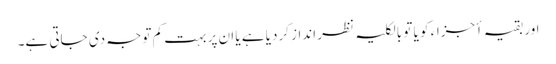
اور بقیہ أجزاء کو یا تو بالکلیہ نظر انداز کردیا ہے یا ان پر بہت کم توجہ دی جاتی ہے۔